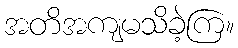
အတိအကျမသိခဲ့ကြ။